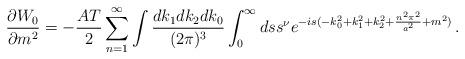
LaTeX: \begin{align*}{\partial W_0\over \partial m^2}=-{AT\over2}\sum_{n=1}^{\infty}\int{dk_1dk_2dk_0\over (2\pi)^3}\int_0^{\infty}ds s^{\nu}e^{-is(-k_0^2+k_1^2+k_2^2 +{n^2\pi^2\over a^2}+m^2)}\,.\end{align*}